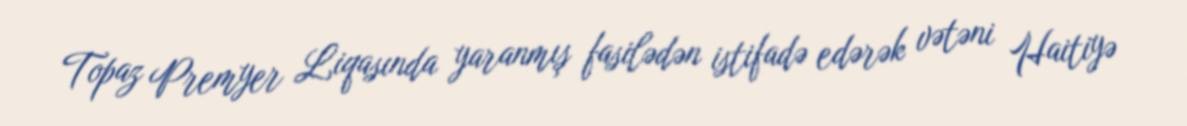
Topaz Premyer Liqasında yaranmış fasilədən istifadə edərək vətəni Haitiyə